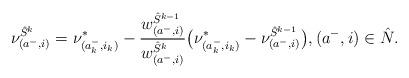
LaTeX: \begin{align*}\nu_{(a^-, i)}^{\hat{S}^k} = \nu_{(a_k^-, i_k)}^* - \frac{w_{(a^-, i)}^{\hat{S}^{k-1}}}{w_{(a^-, i)}^{\hat{S}^{k}}} \big(\nu_{(a_k^-, i_k)}^* - \nu_{(a^-, i)}^{\hat{S}^{k-1}}\big), (a^-, i) \in \hat{N}.\end{align*}